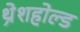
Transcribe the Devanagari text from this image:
थ्रेशहोल्ड